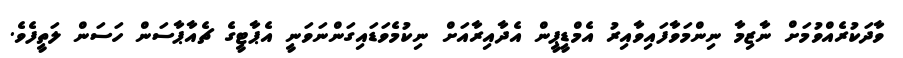
ވާދަކުރެއްވުމަށް ނާޒިމާ ނިންމަވާފައިވާއިރު އެމްޑީޕީން އެދާއިރާއަށް ނިކުމެވަޑައިގަންނަވަނީ އެޕާޓީގެ ޗެއާޕާސަން ހަސަން ލަތީފެވެ.